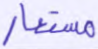
مستعار